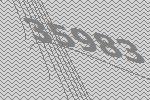
35983